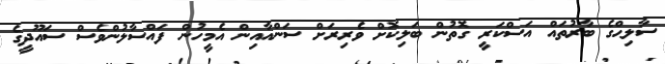
ސާލިޙްގެ ބާރުތައް އަސްކަރީ ގޮތުން ބަލިކޮށް ވެރިރަށް ސަންއާއިން އެމީހުން ފައްސާލުންވެސް ސައޫދީގެ